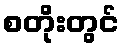
စတိုးတွင်